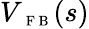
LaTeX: V_{\mathrm{~\scriptsize~F~B~}}(s)